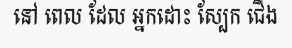
នៅ ពេល ដែល អ្នកដោះ ស្បែក ជើង